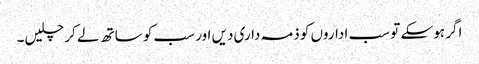
اگر ہو سکے تو سب اداروں کو ذمہ داری دیں اور سب کو ساتھ لے کر چلیں۔